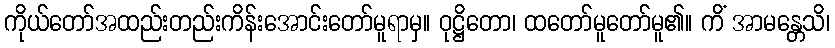
ကိုယ်တော်အထည်းတည်းကိန်းအောင်းတော်မူရာမှ။ ဝုဋ္ဌိတော၊ ထတော်မူတော်မူ၏။ ကိံ အာမန္တေသိ၊